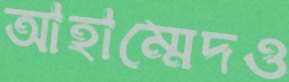
আহাম্মেদও